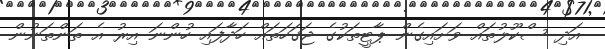
އަދި ސްކޫލުތައް ވަށައިގެން ޕާޓީތަކުގެ ޖަގަހަތައް ހަދާފައި ހުންނަ އިރު އެ ތަންތަނުން